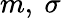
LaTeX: m,~\sigma